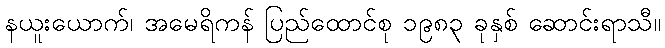
နယူးယောက်၊ အမေရိကန် ပြည်ထောင်စု ၁၉၈၃ ခုနှစ် ဆောင်းရာသီ။